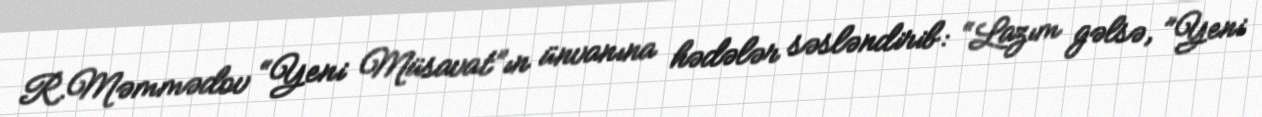
R.Məmmədov “Yeni Müsavat”ın ünvanına hədələr səsləndirib: “Lazım gəlsə, ”Yeni